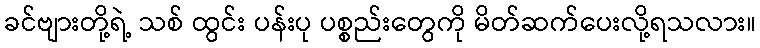
ခင်ဗျားတို့ရဲ့ သစ် ထွင်း ပန်းပု ပစ္စည်းတွေကို မိတ်ဆက်ပေးလို့ရသလား။